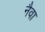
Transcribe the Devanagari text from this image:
नैवा